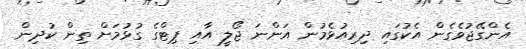
އެންގޭޖުވެގެން އެކުގައި ދިރިއުޅެމުން އަންނަ ޖޯލީ އާއި ޕިޓްގެ ގުޅުމަށް ތިން ކުދިން